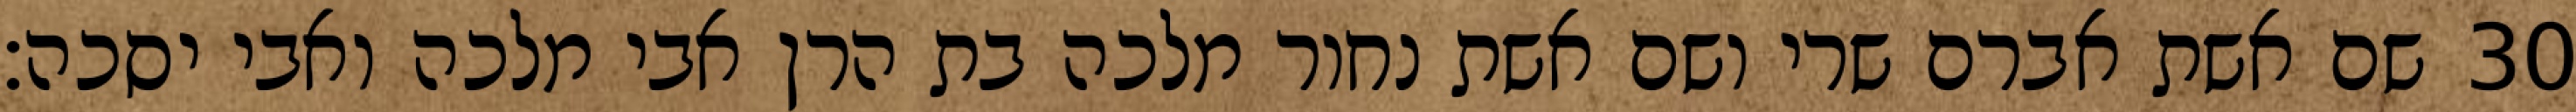
שם אשת אברם שרי ושם אשת נחור מלכה בת הרן אבי מלכה ואבי יסכה׃ ‎30‏